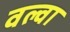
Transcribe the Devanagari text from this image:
वल्वा